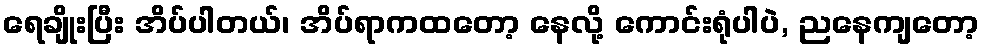
ရေချိုးပြီး အိပ်ပါတယ်၊ အိပ်ရာကထတော့ နေလို့ ကောင်းရုံပါပဲ, ညနေကျတော့